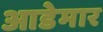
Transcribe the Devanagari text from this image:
आडेमार